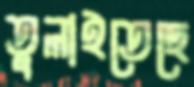
তুলাইতেছে